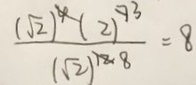
\frac { ( \sqrt { 2 } ) ^ { 4 } ( 2 ) ^ { 7 } } { ( \sqrt { 2 } ) ^ { 1 2 } } = 8